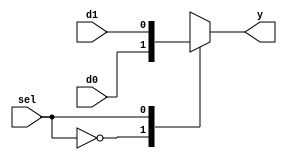
module mux(input wire sel, input wire d0, input wire d1, output reg y);

always @(*) begin
    case(sel)
        1'b0: y = d0;
        1'b1: y = d1;
    endcase
end

endmodule